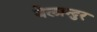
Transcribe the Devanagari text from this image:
बेलान्दुर